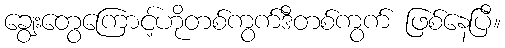
ချွေးတွေကြောင့်ဟိုတစ်ကွက်ဒီတစ်ကွက် ဖြစ်နေပြီ။